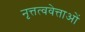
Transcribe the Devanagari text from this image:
नृत्तत्ववेत्ताओं